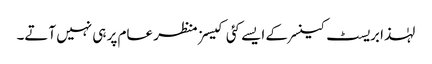
لہٰذا بریسٹ کینسر کے ایسے کئی کیسز منظر عام پر ہی نہیں آتے۔